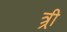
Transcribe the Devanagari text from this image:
त्र्री